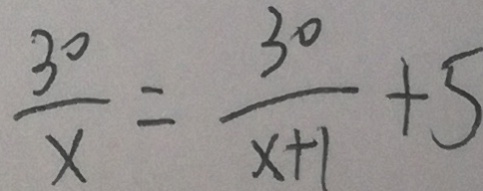
\frac { 3 0 } { x } = \frac { 3 0 } { x + 1 } + 5